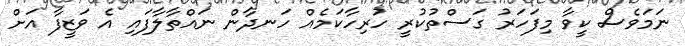
ނަމަވެސް ކީވާ މިފަހަރު ގަސްތުކުރީ ހުރިހާކަމެއް ހަނދާން ނައްތާލާފައި އެ ވަޒީފާ އަށް